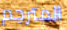
المترجم